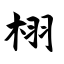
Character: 栩